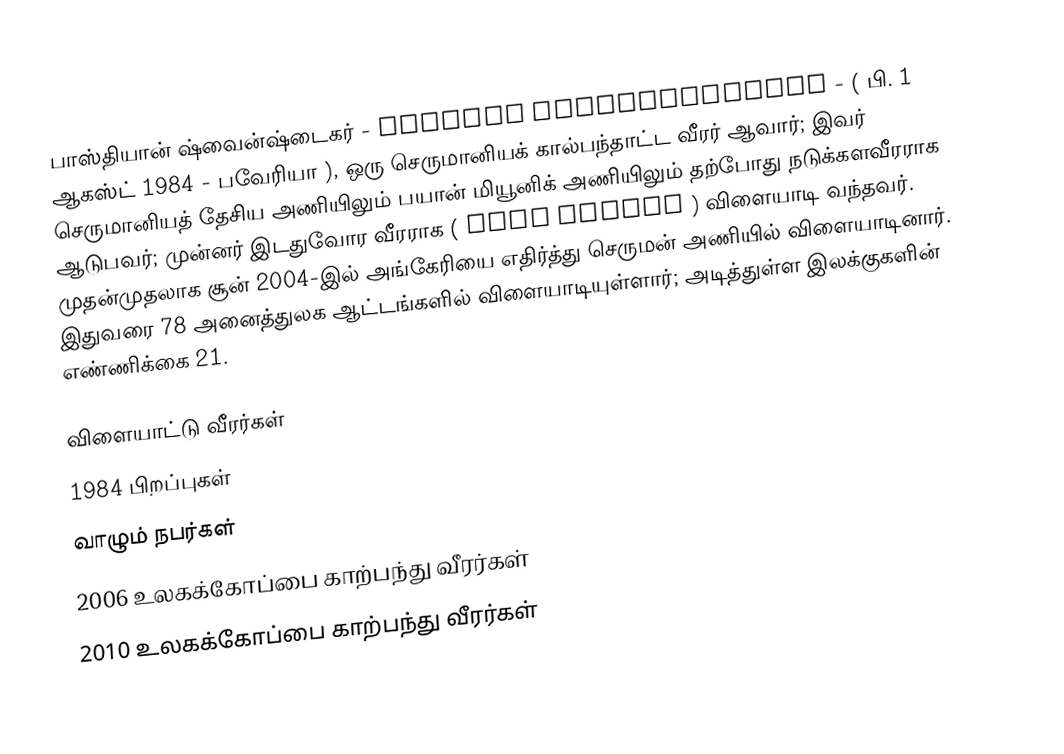
பாஸ்தியான் ஷ்வைன்ஷ்டைகர் - Bastian Schweinsteiger - ( பி. 1 ஆகஸ்ட் 1984 - பவேரியா ), ஒரு செருமானியக் கால்பந்தாட்ட வீரர் ஆவார்; இவர் செருமானியத் தேசிய அணியிலும் பயான் மியூனிக் அணியிலும் தற்போது நடுக்களவீரராக ஆடுபவர்; முன்னர் இடதுவோர வீரராக ( left winger ) விளையாடி வந்தவர். முதன்முதலாக சூன் 2004-இல் அங்கேரியை எதிர்த்து செருமன் அணியில் விளையாடினார். இதுவரை 78 அனைத்துலக ஆட்டங்களில் விளையாடியுள்ளார்; அடித்துள்ள இலக்குகளின் எண்ணிக்கை 21.

விளையாட்டு வீரர்கள்
1984 பிறப்புகள்
வாழும் நபர்கள்
2006 உலகக்கோப்பை காற்பந்து வீரர்கள்
2010 உலகக்கோப்பை காற்பந்து வீரர்கள்